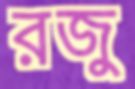
রজু